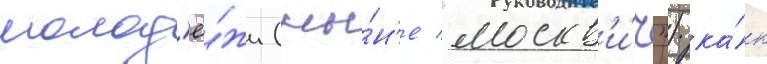
молод'ё́жи (ны́н'е "москв'и́ч") ка́к